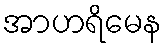
အာဟရိမေန